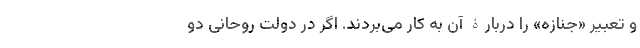
و تعبیر «جنازه» را دربارۀ آن به کار می‌بردند. اگر در دولت روحانی دو